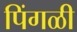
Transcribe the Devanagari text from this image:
पिंगळी